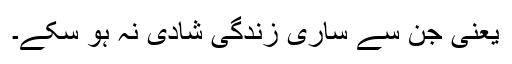
یعنی جن سے ساری زندگی شادی نہ ہو سکے۔